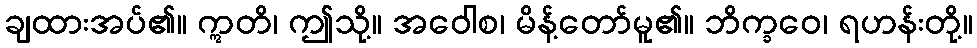
ချထားအပ်၏။ ဣတိ၊ ဤသို့။ အဝေါစ၊ မိန့်တော်မူ၏။ ဘိက္ခဝေ၊ ရဟန်းတို့။